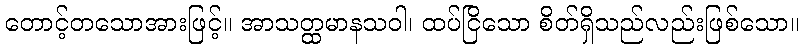
တောင့်တသောအားဖြင့်။ အာသတ္ထမာနသဝါ၊ ထပ်ငြိသော စိတ်ရှိသည်လည်းဖြစ်သော။